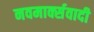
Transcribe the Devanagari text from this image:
नवमार्क्सवादी